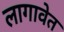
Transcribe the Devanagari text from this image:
लागावेत